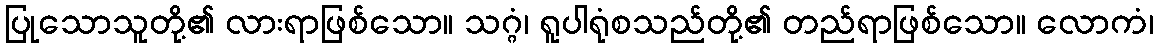
ပြုသောသူတို့၏ လားရာဖြစ်သော။ သဂ္ဂံ၊ ရူပါရုံစသည်တို့၏ တည်ရာဖြစ်သော။ လောကံ၊